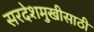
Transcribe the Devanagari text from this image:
सरदेशमुखीसाठी